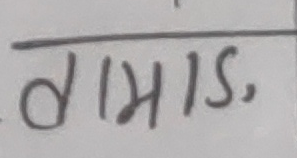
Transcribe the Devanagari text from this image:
दमाड,